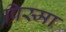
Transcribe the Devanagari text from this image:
प्रिस्मा